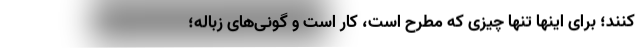
کنند؛ برای اینها تنها چیزی که مطرح است، کار است و گونی‌های زباله؛